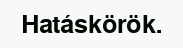
Hatáskörök.